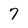
Character: 7